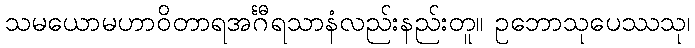
သမယောမဟာဝိတာရအင်္ဂီရသာနံလည်းနည်းတူ။ ဥဘောသုပေဿသု၊